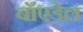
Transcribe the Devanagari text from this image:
बॉएडेल